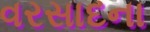
વરસાદના